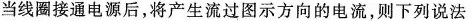
当线圈接通电源后，将产生流过图示方向的电流，则下列说法